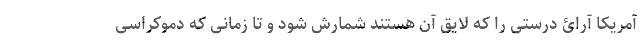
آمریکا آرائ درستی را که لایق آن هستند شمارش شود و تا زمانی که دموکراسی